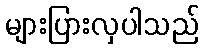
များပြားလှပါသည်